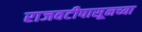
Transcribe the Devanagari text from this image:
राजवटीपासूनच्या